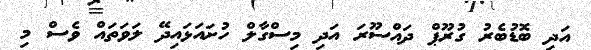
އަދި ބޮޑުބެރު ގުރޫޕް ދައްސޫރަ އަދި މިސްގާލް ހުށައަޅައިދޭ ލަވަތައް ވެސް މި